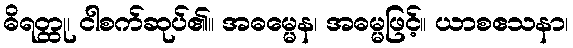
ဓိရတ္ထု၊ ငါစက်ဆုပ်၏။ အဓမ္မေန၊ အဓမ္မဖြင့်။ ယာစဧသနာ၊